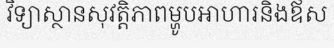
វិទ្យាស្ថានសុវត្តិភាពម្ហូបអាហារនិងឪស